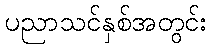
ပညာသင်နှစ်အတွင်း